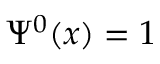
\Psi ^ { 0 } ( x ) = 1